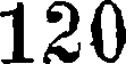
120